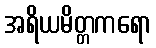
အရိယမိတ္တကရော